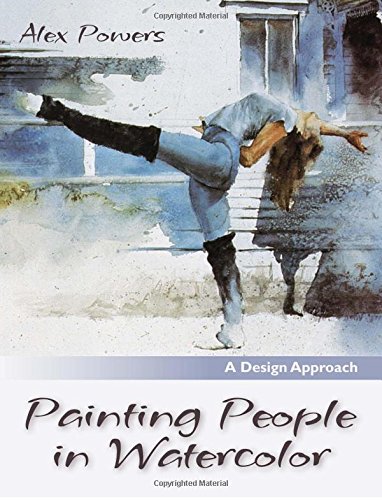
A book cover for Painting People in Watercolor; Alex Powers; Arts & Photography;